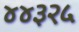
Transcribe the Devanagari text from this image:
४४३२५